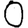
Digit: 0